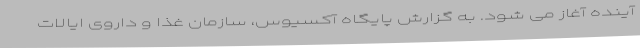
آینده آغاز می شود. به گزارش پایگاه آکسیوس، سازمان غذا و داروی ایالات